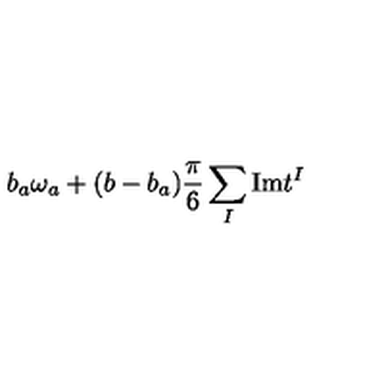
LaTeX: b _ { a } \omega _ { a } + ( b - b _ { a } ) { \frac { \pi } { 6 } } \sum _ { I } \mathrm { I m } t ^ { I }